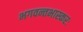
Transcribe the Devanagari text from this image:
भगवन्तभास्करः